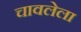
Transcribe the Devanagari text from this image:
चावलेला